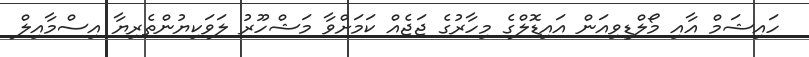
ހައިޝަމް އާއި މޯލްޑިވިއަން އައިޑޮލްގެ މިހާރުގެ ޖަޖެއް ކަމަށްވާ މަޝްހޫރު ލަވަކިޔުންތެރިޔާ އިސްމާއިލް